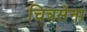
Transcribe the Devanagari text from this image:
चित्रसेना